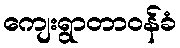
ကျေးရွာတာဝန်ခံ